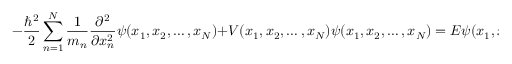
- { \frac { \hbar ^ { 2 } } { 2 } } \sum _ { n = 1 } ^ { N } { \frac { 1 } { m _ { n } } } { \frac { \partial ^ { 2 } } { \partial x _ { n } ^ { 2 } } } \psi ( x _ { 1 } , x _ { 2 } , \ldots , x _ { N } ) + V ( x _ { 1 } , x _ { 2 } , \ldots , x _ { N } ) \psi ( x _ { 1 } , x _ { 2 } , \ldots , x _ { N } ) = E \psi ( x _ { 1 } , x _ { 2 } , \ldots , x _ { N } ) \, .